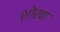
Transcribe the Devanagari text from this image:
शोखा